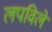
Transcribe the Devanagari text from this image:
लपविले